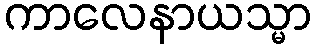
ကာလေနာယသ္မာ